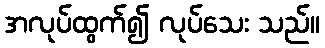
အလုပ်ထွက်၍ လုပ်သေး သည်။